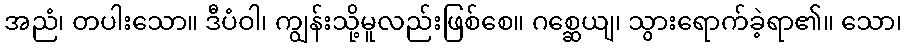
အညံ၊ တပါးသော။ ဒီပံဝါ၊ ကျွန်းသို့မူလည်းဖြစ်စေ။ ဂစ္ဆေယျ၊ သွားရောက်ခဲ့ရာ၏။ သော၊